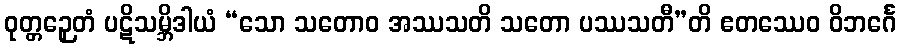
ဝုတ္တဉှေတံ ပဋိသမ္ဘိဒါယံ “သော သတောဝ အဿသတိ သတော ပဿသတီ”တိ ဧတဿေဝ ဝိဘင်္ဂေ